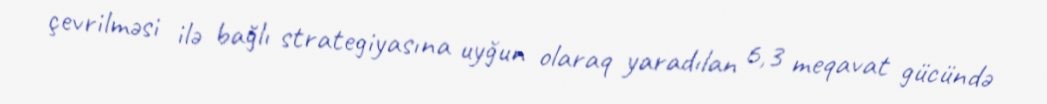
çevrilməsi ilə bağlı strategiyasına uyğun olaraq yaradılan 6,3 meqavat gücündə